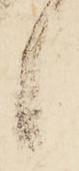
候